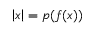
\left| x \right| = p ( f ( x ) )